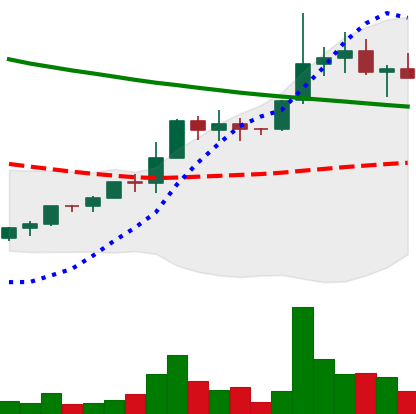
Ticker: EOS-USD
Chart end date: 2022-04-02
Forward return: -9.961%
Label: down_7plus